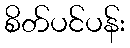
စိတ်ပင်ပန်း